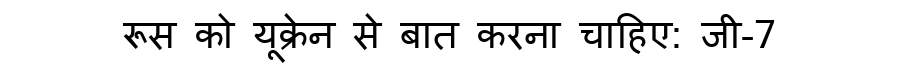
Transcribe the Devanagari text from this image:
रूस को यूक्रेन से बात करना चाहिए: जी-7